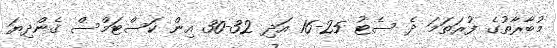
މުބާރާތުގެ ފުރަތަމަ ދެ ސެޓު 25-16 އަދި 32-30 އިން ކަސްޓަމްސް ގެންދިޔަ